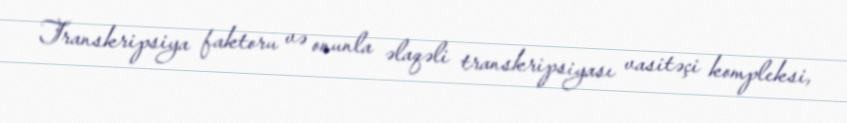
Transkripsiya faktoru və onunla əlaqəli transkripsiyası vasitəçi kompleksi,